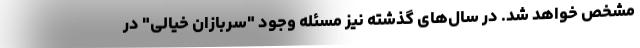
مشخص خواهد شد. در سال‌های گذشته نیز مسئله وجود "سربازان خیالی" در